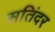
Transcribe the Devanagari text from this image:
सतिंदर